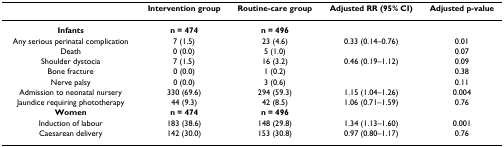
<table><thead><tr><td></td><td><b>Intervention group</b></td><td><b>Routine-care group</b></td><td><b>Adjusted RR (95% CI)</b></td><td><b>Adjusted p-value</b></td></tr></thead><tbody><tr><td><b>Infants</b></td><td><b>n = 474</b></td><td><b>n = 496</b></td><td></td><td></td></tr><tr><td>Any serious perinatal complication</td><td>7 (1.5)</td><td>23 (4.6)</td><td>0.33 (0.14–0.76)</td><td>0.01</td></tr><tr><td>Death</td><td>0 (0.0)</td><td>5 (1.0)</td><td></td><td>0.07</td></tr><tr><td>Shoulder dystocia</td><td>7 (1.5)</td><td>16 (3.2)</td><td>0.46 (0.19–1.12)</td><td>0.09</td></tr><tr><td>Bone fracture</td><td>0 (0.0)</td><td>1 (0.2)</td><td></td><td>0.38</td></tr><tr><td>Nerve palsy</td><td>0 (0.0)</td><td>3 (0.6)</td><td></td><td>0.11</td></tr><tr><td>Admission to neonatal nursery</td><td>330 (69.6)</td><td>294 (59.3)</td><td>1.15 (1.04–1.26)</td><td>0.004</td></tr><tr><td>Jaundice requiring phototherapy</td><td>44 (9.3)</td><td>42 (8.5)</td><td>1.06 (0.71–1.59)</td><td>0.76</td></tr><tr><td><b>Women</b></td><td><b>n = 474</b></td><td><b>n = 496</b></td><td></td><td></td></tr><tr><td>Induction of labour</td><td>183 (38.6)</td><td>148 (29.8)</td><td>1.34 (1.13–1.60)</td><td>0.001</td></tr><tr><td>Caesarean delivery</td><td>142 (30.0)</td><td>153 (30.8)</td><td>0.97 (0.80–1.17)</td><td>0.76</td></tr></tbody></table>